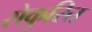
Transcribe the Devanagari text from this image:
सेकुरित